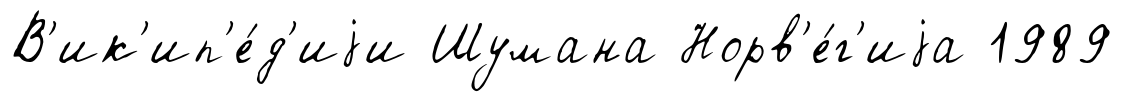
В'ик'ип'е́д'иjи Шумана Норв'е́г'иjа 1989